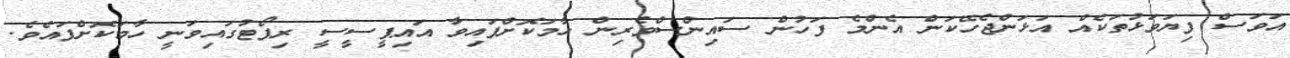
އަވަސް ފިޔަވަޅުތަކެއް އަޅަންޖެހޭކަން އެންމެ ފަހުން ސައިންސްވެރިން ހާމަކޮށްފައިވާ އައިޕީސީސީ ރިޕޯޓުގައިވަނީ ހާމަކޮށްފައެވެ.